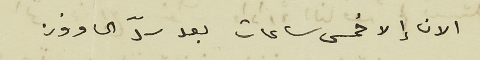
الان إلا خمس ساعات بعد سدّ الحاووز